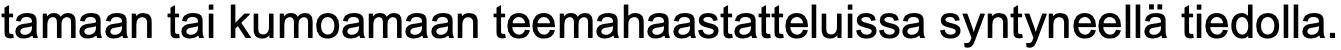
tamaan tai kumoamaan teemahaastatteluissa syntyneellä tiedolla.